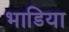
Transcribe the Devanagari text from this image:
भाडिया